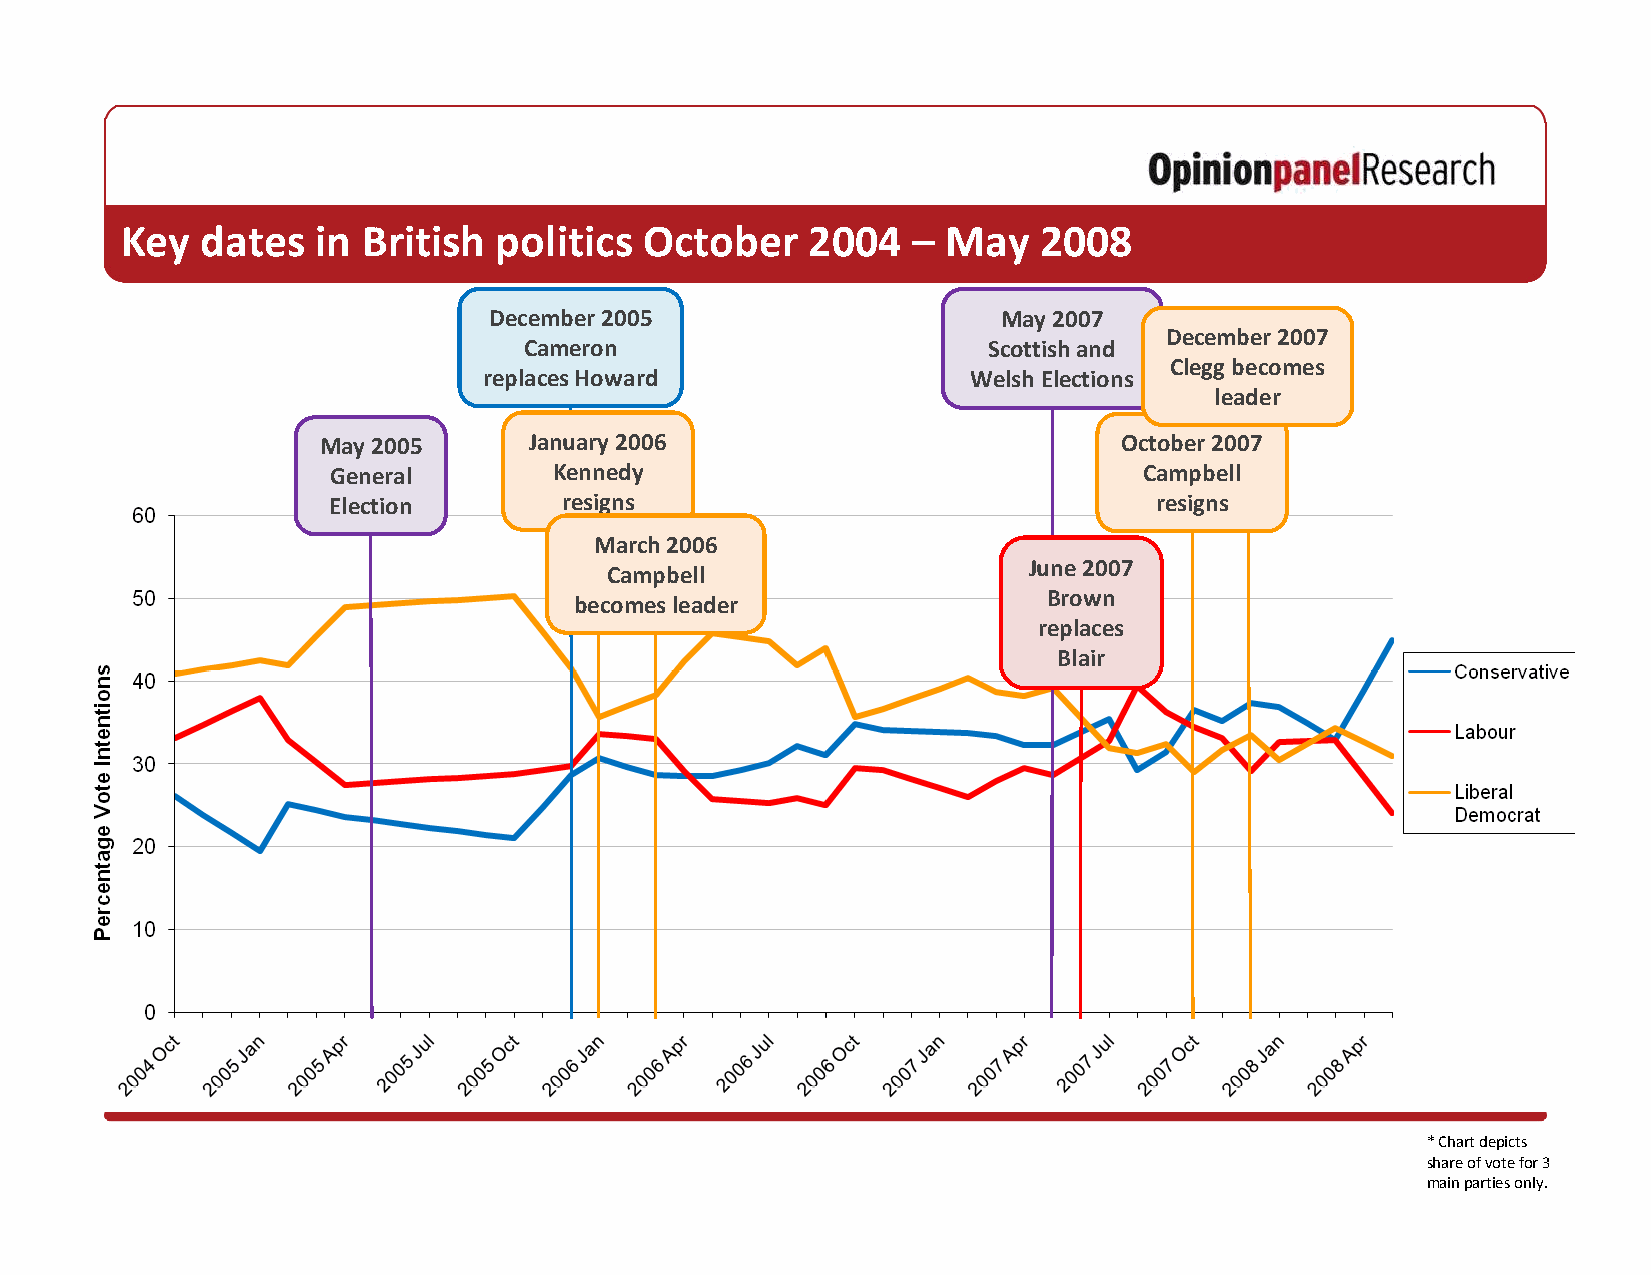
Key  dates   in British  politics  October   2004   –  May   2008
 December 2005                     May 2007
 December 2007
 Cameron                       Scottish and
 Clegg becomes
 replaces Howard                 Welsh Elections
 leader
 May 2005      January 2006                           October 2007
 General        Kennedy                                Campbell
 Election       resigns                                resigns
 March 2006
 June 2007
 Campbell
 Brown
 becomes leader
 replaces
 Blair
 * Chart depicts
 share of vote for 3
 main parties only.